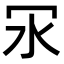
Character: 𠕽